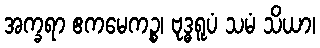
အက္ခရာ ဧကမေကဉ္စ၊ ဗုဒ္ဓရူပံ သမံ သိယာ၊